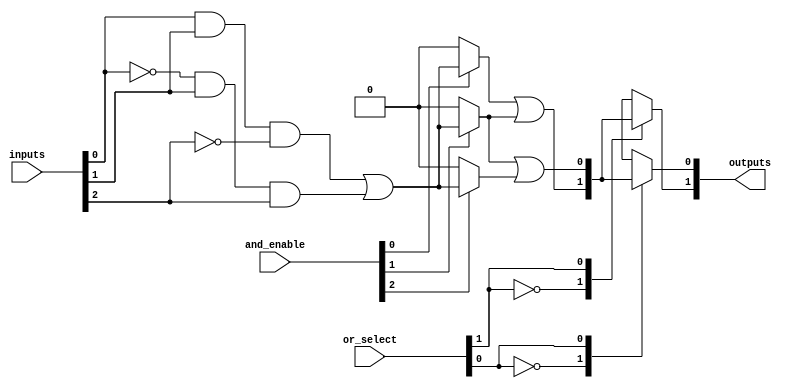
module PLA #(
    parameter NUM_INPUTS = 3,     // Number of inputs (A, B, C, etc.)
    parameter NUM_OUTPUTS = 2,     // Number of outputs (Y1, Y2, etc.)
    parameter NUM_AND_TERMS = 4,   // Number of AND gates
    parameter NUM_OR_TERMS = 2      // Number of OR gates
)(
    input wire [NUM_INPUTS-1:0] inputs,  // Input signals
    input wire [NUM_AND_TERMS-1:0] and_enable,  // Control signals for AND plane
    input wire [NUM_OR_TERMS-1:0] or_select, // Control signals for OR plane
    output reg [NUM_OUTPUTS-1:0] outputs    // Output signals
);

// Internal signals for AND plane
wire [NUM_AND_TERMS-1:0] and_outputs;

// AND plane
genvar i;
generate
    for (i = 0; i < NUM_AND_TERMS; i = i + 1) begin : and_plane
        // Example configurations for AND gates
        assign and_outputs[i] = and_enable[i] ? (
            (inputs[0] & inputs[1] & ~inputs[2]) | // some configuration
            (~inputs[0] & inputs[1] & inputs[2])   // some configuration
        ) : 0; // Disabled AND gate
    end
endgenerate

// OR plane
genvar j;
generate
    for (j = 0; j < NUM_OUTPUTS; j = j + 1) begin : or_plane
        always @(*) begin
            // Each output can select from different AND outputs based on control signals
            case (or_select[j])
                2'b00: outputs[j] = and_outputs[0] | and_outputs[1];
                2'b01: outputs[j] = and_outputs[1] | and_outputs[2];
                2'b10: outputs[j] = and_outputs[2] | and_outputs[3];
                2'b11: outputs[j] = and_outputs[0] | and_outputs[3];
                default: outputs[j] = 0;
            endcase
        end
    end
endgenerate

endmodule